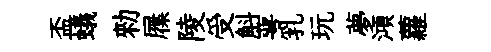
盃蟻勑屧陵受斛萼乳玩夢澒蘿